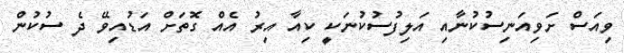
ވިއަސް ށަވިއަނިސުކުނާއި އަލިފުސުކުނަކީ ކިއާ އިރު އެއް ގޮތަށް އަޑުއިވޭ ދެ ސުކުން